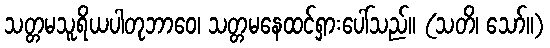
သတ္တမသူရိယပါတုဘာဝေ၊ သတ္တမနေထင်ရှားပေါ်သည်။ (သတိ၊ သော်။)